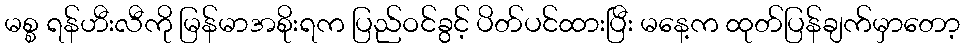
မစ္စ ရန်ဟီးလီကို မြန်မာအစိုးရက ပြည်ဝင်ခွင့် ပိတ်ပင်ထားပြီး မနေ့က ထုတ်ပြန်ချက်မှာတော့